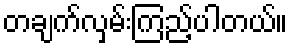
တချက်လှမ်းကြည့်ပါတယ်။